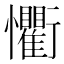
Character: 𭟨